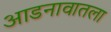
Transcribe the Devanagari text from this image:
आडनावातला